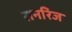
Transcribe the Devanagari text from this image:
सनरिज